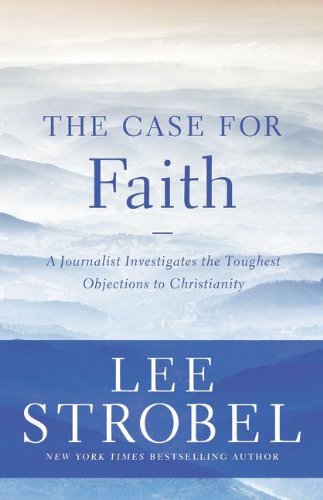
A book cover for The Case for Faith: A Journalist Investigates the Toughest Objections to Christianity (Case for ... Series); Lee Strobel; Christian Books & Bibles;